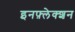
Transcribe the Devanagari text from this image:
इनफ़्लेक्शन